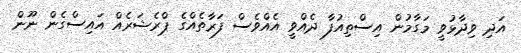
އަދި ވިދާޅުވީ މަގާމުން އިސްތިއުފާ ދެއްވީ އެއްވެސް ފަރާތެއްގެ ޕްރެޝަރެއް އައިސްގެން ނޫން